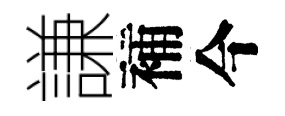
謙補今